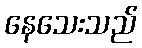
နေသေးသည်